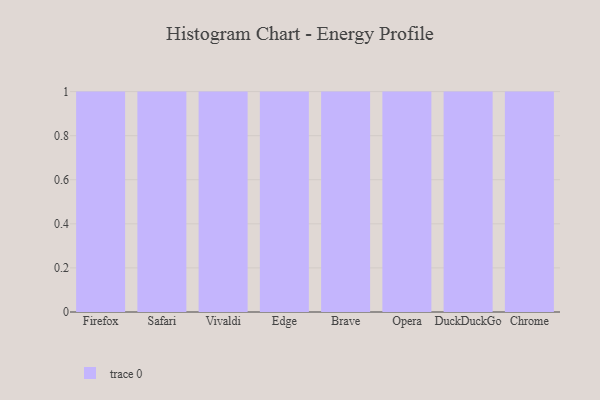
{"axis": {"x": "Browser", "y": "LTV (USD)"}, "legend": [""], "data": [{"x": "Firefox", "y": 33, "type": ""}, {"x": "Safari", "y": 1, "type": ""}, {"x": "Vivaldi", "y": 62, "type": ""}, {"x": "Edge", "y": 91, "type": ""}, {"x": "Brave", "y": 58, "type": ""}, {"x": "Opera", "y": 63, "type": ""}, {"x": "DuckDuckGo", "y": 3, "type": ""}, {"x": "Chrome", "y": 24, "type": ""}]}